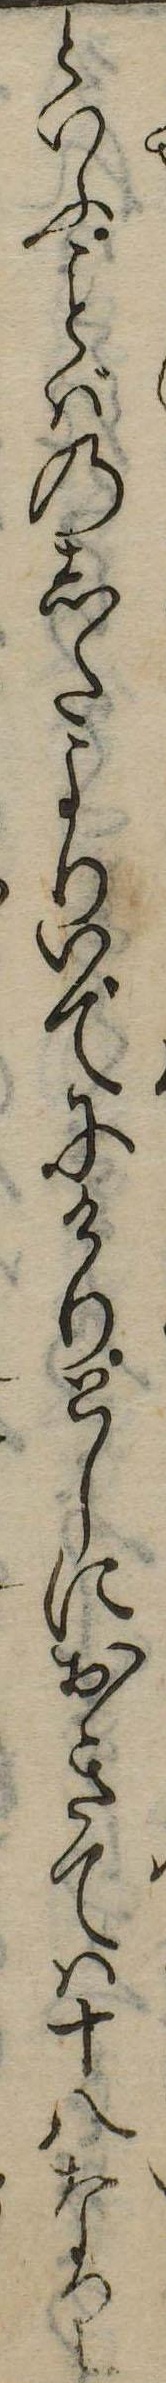
といふばのしたよりいでにけりとしにおきては十八なり